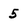
Character: 5